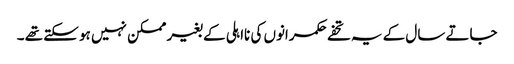
جاتے سال کے یہ تحفے حکمرانوں کی نااہلی کے بغیر ممکن نہیں ہو سکتے تھے ۔